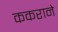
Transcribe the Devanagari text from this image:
ककराने